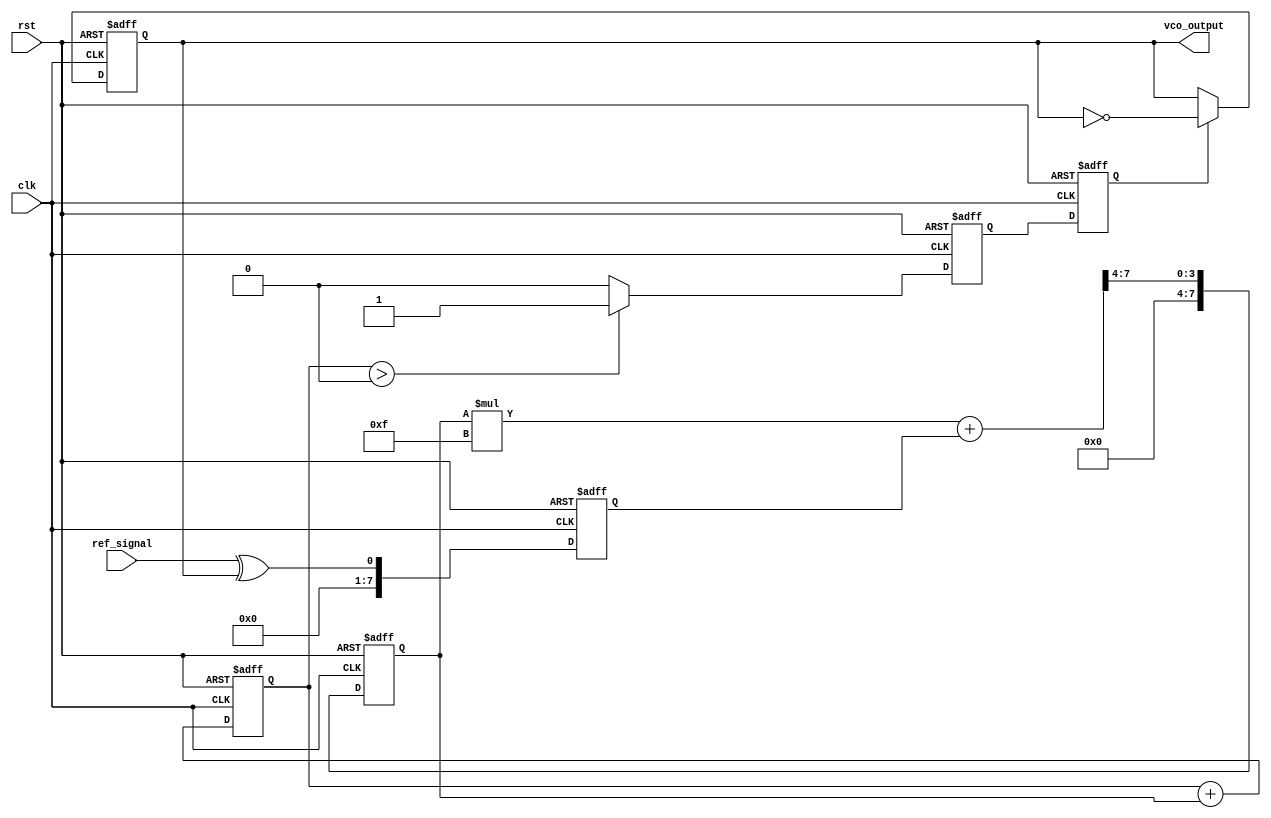
module sigma_delta_pll (
    input wire clk,               // System clock
    input wire rst,               // Reset signal
    input wire ref_signal,        // Reference input signal
    output wire vco_output        // Output of the VCO
);

// Parameters
parameter N = 8;                // Bit width for the Sigma-Delta modulator
parameter LPF_ALPHA = 8'b00001111; // Low-pass filter coefficient

// Internal signals
reg [N-1:0] phase_error;       // Phase error from the phase detector
reg [N-1:0] lpf_output;        // Output of the low-pass filter
reg [N-1:0] sigma_delta_output; // Output of the Sigma-Delta modulator
reg vco_control;               // Control signal for the VCO
reg vco_output_reg;            // VCO output register

// Phase Detector
always @(posedge clk or posedge rst) begin
    if (rst) begin
        phase_error <= 0;
    end else begin
        // Simple phase detector logic (XOR for simplicity)
        phase_error <= ref_signal ^ vco_output_reg;
    end
end

// Low-Pass Filter (simple integrator for demonstration)
always @(posedge clk or posedge rst) begin
    if (rst) begin
        lpf_output <= 0;
    end else begin
        lpf_output <= (lpf_output * LPF_ALPHA + phase_error) >> 4; // Simple LPF
    end
end

// Sigma-Delta Modulator
reg [N-1:0] integrator;
always @(posedge clk or posedge rst) begin
    if (rst) begin
        integrator <= 0;
        sigma_delta_output <= 0;
    end else begin
        integrator <= integrator + lpf_output; // Integrate the LPF output
        sigma_delta_output <= (integrator > 0) ? 1'b1 : 1'b0; // Comparator
    end
end

// Digital-to-Analog Converter (DAC)
always @(posedge clk or posedge rst) begin
    if (rst) begin
        vco_control <= 0;
    end else begin
        vco_control <= sigma_delta_output; // Direct output for simplicity
    end
end

// Voltage-Controlled Oscillator (VCO)
always @(posedge clk or posedge rst) begin
    if (rst) begin
        vco_output_reg <= 0;
    end else begin
        // Simple VCO model (toggle based on control signal)
        if (vco_control) begin
            vco_output_reg <= ~vco_output_reg; // Toggle output
        end
    end
end

assign vco_output = vco_output_reg; // Output of the VCO

endmodule